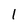
Character: 1